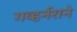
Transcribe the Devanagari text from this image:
गव्हर्नराने